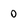
Character: 0